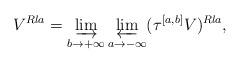
LaTeX: \begin{align*}V^{Rla} = \varinjlim_{b\to +\infty} \varprojlim_{a\to -\infty} (\tau^{[a,b]} V)^{Rla},\end{align*}